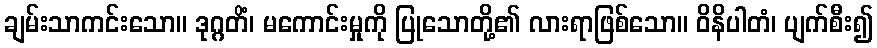
ချမ်းသာကင်းသော။ ဒုဂ္ဂတိံ၊ မကောင်းမှုကို ပြုသောတို့၏ လားရာဖြစ်သော။ ဝိနိပါတံ၊ ပျက်စီး၍